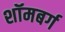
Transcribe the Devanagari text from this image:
शॉमबर्ग